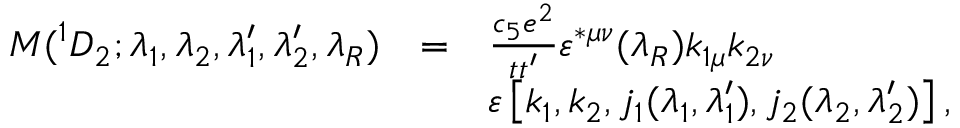
\begin{array} { l c l } { { { \cal M } ( ^ { 1 } D _ { 2 } ; \lambda _ { 1 } , \lambda _ { 2 } , \lambda _ { 1 } ^ { \prime } , \lambda _ { 2 } ^ { \prime } , \lambda _ { R } ) } } & { { = } } & { { \frac { c _ { 5 } e ^ { 2 } } { t t ^ { \prime } } \varepsilon ^ { * \mu \nu } ( \lambda _ { R } ) k _ { 1 \mu } k _ { 2 \nu } } } \\ { { } } & { { } } & { { \varepsilon \left[ k _ { 1 } , k _ { 2 } , j _ { 1 } ( \lambda _ { 1 } , \lambda _ { 1 } ^ { \prime } ) , j _ { 2 } ( \lambda _ { 2 } , \lambda _ { 2 } ^ { \prime } ) \right] , } } \end{array}